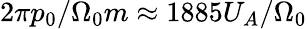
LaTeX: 2\pi p_{0}/\Omega_{0}m\approx 1885U_{A}/\Omega_{0}